system: You are a helpful assistant.
user:
Analyze the provided spectrum to determine if it is a **"Cataclysmic Variables (CV)"**.

- **Key Indicators for CV (Check for either state):**
    - **State 1: Quiescent / Low-State (Emission-Dominated)**
        - **(Primary):** Strong and *very broad* Hydrogen Balmer emission lines (e.g., $H\alpha$ at 6563 Å, $H\beta$ at 4861 Å). The 'broadness' (high velocity dispersion, often FWHM > 1000 km/s) is the key diagnostic, indicating a high-velocity accretion disk.
        - **(Secondary):** Broad neutral Helium (He I) emission lines (e.g., 5876 Å, 6678 Å).
        - **(Key Confirmation):** Presence of high-excitation *ionized* Helium (He II) emission at 4686 Å. This is a strong indicator of accretion onto a white dwarf.
        - **(Line Profile):** Emission lines may exhibit a 'double-peaked' profile, which is a classic signature of a rotating accretion disk viewed at high inclination.

    - **State 2: Outburst / High-State (Absorption-Dominated)**
        - **(Primary):** Spectrum is dominated by a bright, blue continuum (looks like a hot star).
        - **(Secondary):** The emission lines from State 1 are weak, absent, or 'filled in', and are replaced by broad, shallow *absorption* lines (primarily Balmer and He I).
        - **(Morphology):** The overall spectrum mimics a hot B/A-type star. The crucial difference is that the absorption lines are significantly broader, shallower, and more 'washed-out' (or 'smeared') than the sharp lines of a normal stellar photosphere, due to high rotational speeds and pressure broadening in the disk.

Think first, call **spectral_visualization_tool** if needed to examine features in detail, then provide your final answer. Your response must adhere to the following strict rules:
1.  **Overall Structure:** Your response must follow the format `<think>...</think> <tool_call>...</tool_call> (if a tool is used) <answer>...</answer>`.
2.  **Tool Usage Constraint:** You may only make **one** tool call per turn.
3.  **Final Answer Format:** In the `<answer>` tag, your conclusion must be inside a `\boxed{}` command (e.g., `\boxed{YES}`), followed by your justification.

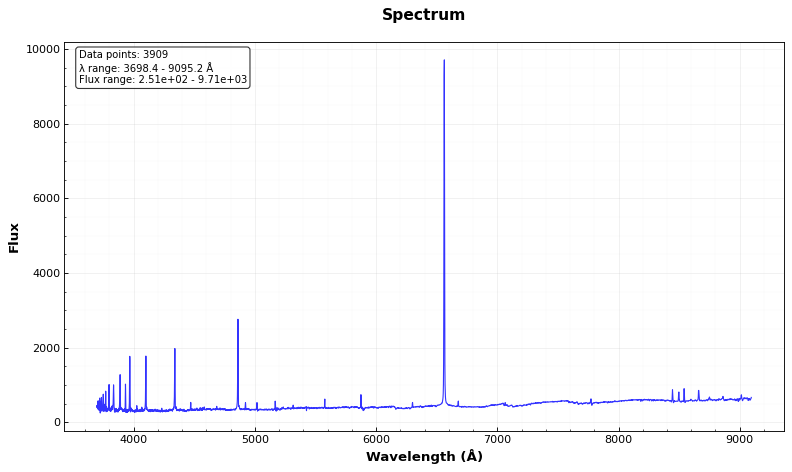
Answer: YES